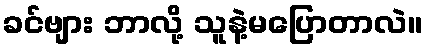
ခင်ဗျား ဘာလို့ သူနဲ့မပြောတာလဲ။